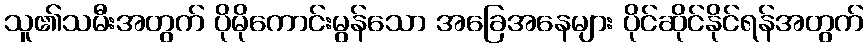
သူ၏သမီးအတွက် ပိုမိုကောင်းမွန်သော အခြေအနေများ ပိုင်ဆိုင်နိုင်ရန်အတွက်